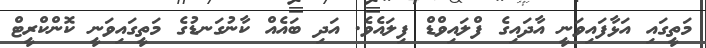
މަތީގައި އަޅާފައިވަނީ އާދައިގެ ފްލައިވްޑް ފިލައެވެ. އަދި ބައެއް ކާނުގަނޑުގެ މަތީގައިވަނީ ކޮންކްރީޓް